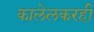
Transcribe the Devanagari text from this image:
कालेलकरही